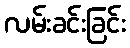
လမ်းခင်းခြင်း